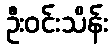
ဦးဝင်းသိန်း